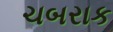
ચબરાક